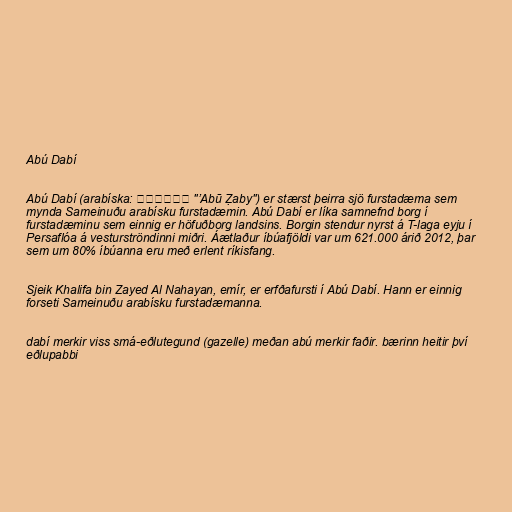
Abú Dabí

Abú Dabí (arabíska: أبوظبي "ʼAbū Ẓaby") er stærst þeirra sjö furstadæma sem
mynda Sameinuðu arabísku furstadæmin. Abú Dabí er líka samnefnd borg í
furstadæminu sem einnig er höfuðborg landsins. Borgin stendur nyrst á T-laga eyju í
Persaflóa á vesturströndinni miðri. Áætlaður íbúafjöldi var um 621.000 árið 2012, þar
sem um 80% íbúanna eru með erlent ríkisfang.

Sjeik Khalifa bin Zayed Al Nahayan, emír, er erfðafursti í Abú Dabí. Hann er einnig
forseti Sameinuðu arabísku furstadæmanna.

dabí merkir viss smá-eðlutegund (gazelle) meðan abú merkir faðir. bærinn heitir því
eðlupabbi